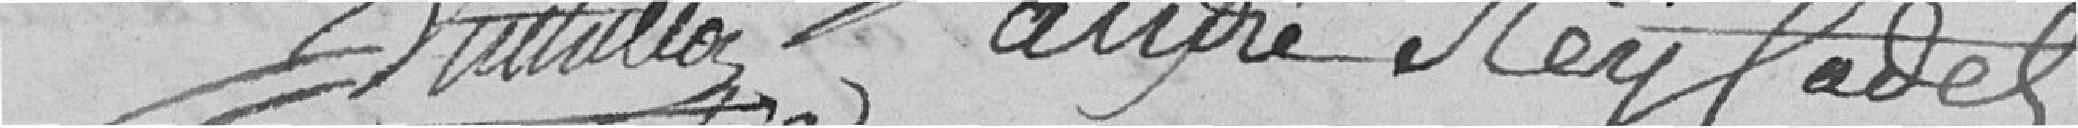
Vuilloz, andré Reyladet